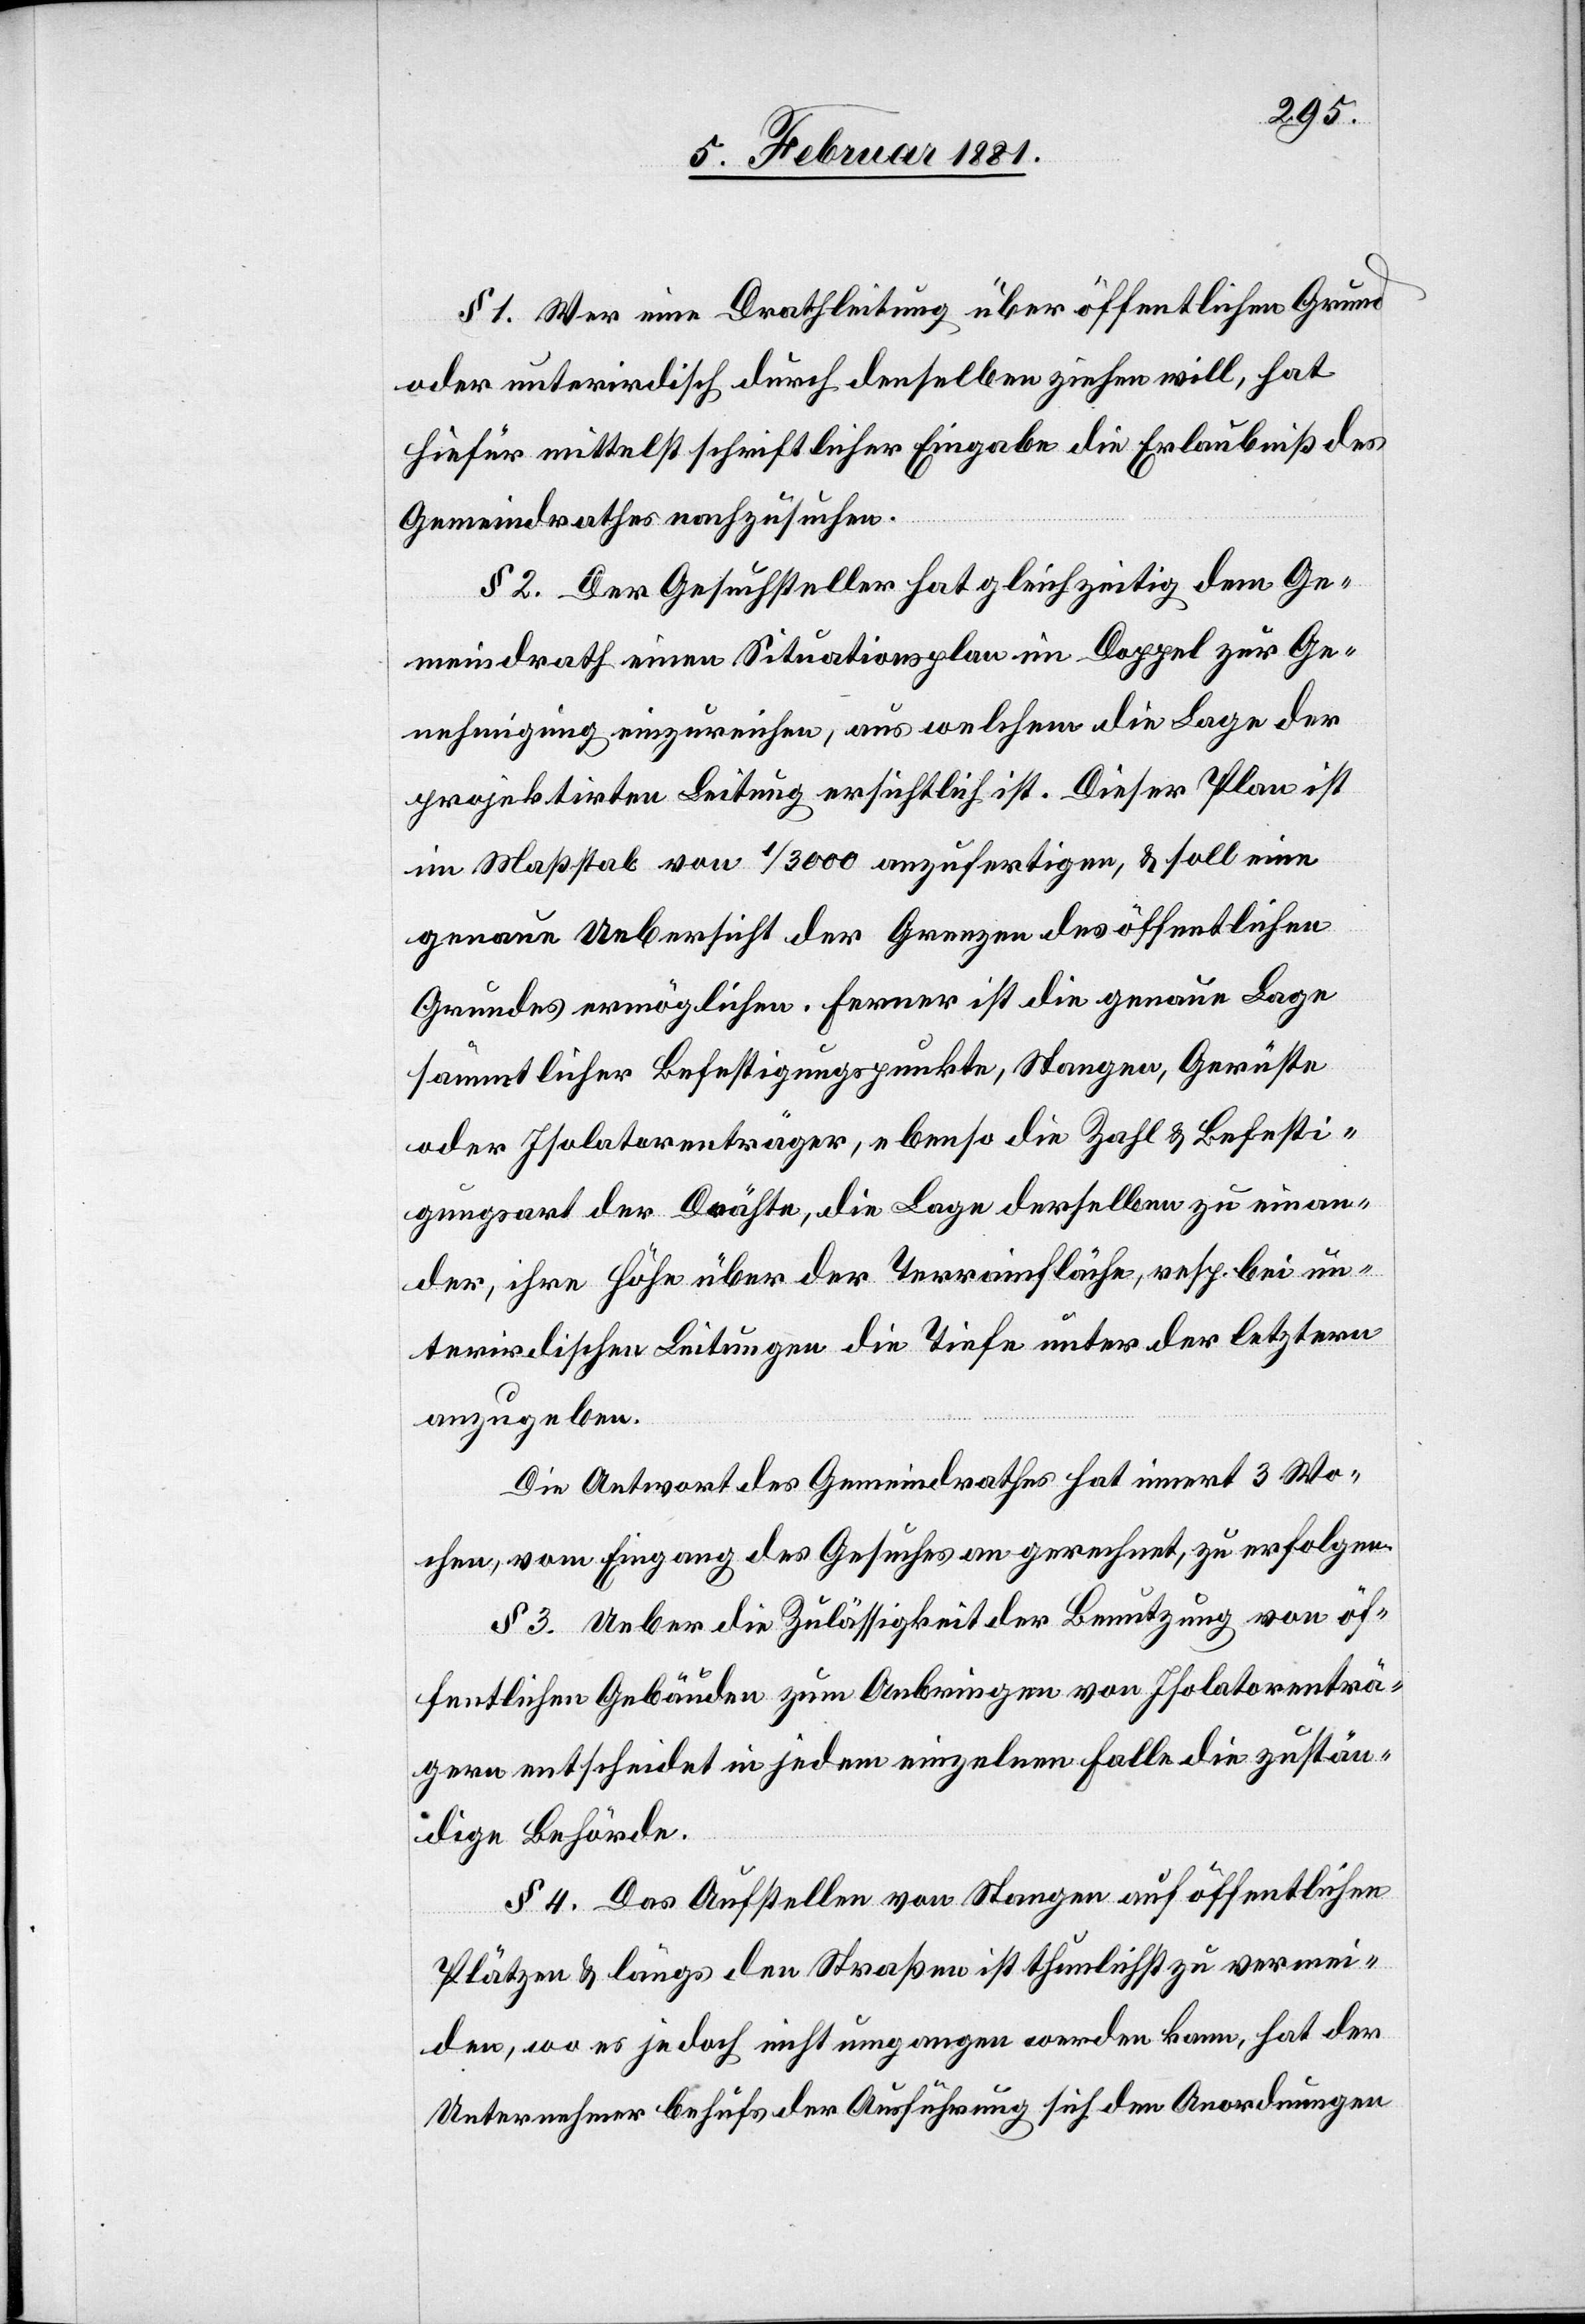
§ 1. Wer eine Drahtleitung über öffentlichen Grund
oder unterirdisch durch denselben ziehen will, hat
hiefür mittelst schriftlicher Eingabe die Erlaubniß des
Gemeindrathes nachzusuchen.
§ 2. Der Gesuchsteller hat gleichzeitig dem Ge¬
meindrath einen Situationsplan im Doppel zur Ge¬
nehmigung einzureichen, aus welchem die Lage der
projektirten Leitung ersichtlich ist. Dieser Plan ist
im Maßstab von 1/3000 anzufertigen, & soll eine
genaue Uebersicht der Grenzen des öffentlichen
Grundes ermöglichen. Ferner ist die genaue Lage
sämmtlicher Befestigungspunkte, Stangen, Gerüste
oder Isolatorenträger, ebenso die Zahl & Befesti¬
gungsart der Drähte, die Lage derselben zu einan¬
der, ihre Höhe über der Terrainfläche, resp. bei un¬
terirdischen Leitungen die Tiefe unter der letztern
anzugeben.
Die Antwort des Gemeindrathes hat innert 3 Wo¬
chen, vom Eingang des Gesuches an gerechnet, zu erfolgen.
§ 3. Ueber die Zulässigkeit der Benutzung von öf¬
fentlichen Gebäuden zum Anbringen von Isolatorenträ¬
gern entscheidet in jedem einzelnen Falle die zustän¬
dige Behörde.
§ 4. Das Aufstellen von Stangen auf öffentlichen
Plätzen & längs den Straßen ist thunlichst zu vermei¬
den, wo es jedoch nicht umgangen werden kann, hat der
Unternehmer behufs der Ausführung sich den Anordnungen